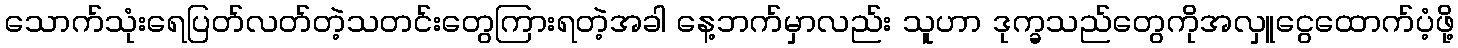
သောက်သုံးရေပြတ်လတ်တဲ့သတင်းတွေကြားရတဲ့အခါ နေ့ဘက်မှာလည်း သူဟာ ဒုက္ခသည်တွေကိုအလှူငွေထောက်ပံ့ဖို့